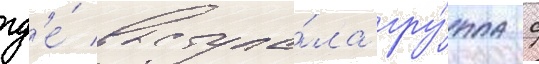
гд'е́ выступа́ла гру́ппа с